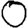
Digit: 0